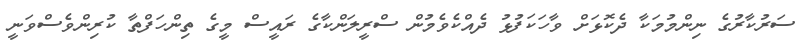
ސަރުކާރުގެ ނިންމުމަކާ ދެކޮޅަށް ވާހަކަފުޅު ދެއްކެވެމުން ސްރީލަންކާގެ ރައީސް މީގެ ތިންހަފްތާ ކުރިންވެސްވަނީ